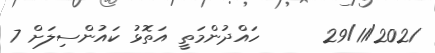
29/11/2021      ހައްދުންމަތީ އަތޮޅު ކައުންސިލަށް 7